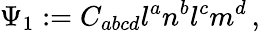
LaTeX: \Psi_{1}:=C_{abcd}l^{a}n^{b}l^{c}m^{d}\, ,